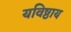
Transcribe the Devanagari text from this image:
यविष्ठाय